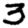
Digit: 3